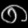
Digit: ၈